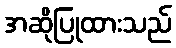
အဆိုပြုထားသည်